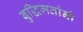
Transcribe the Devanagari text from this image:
बुद्धिमतांनी